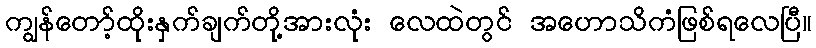
ကျွန်တော့်ထိုးနှက်ချက်တို့အားလုံး လေထဲတွင် အဟောသိကံဖြစ်ရလေပြီ။